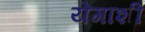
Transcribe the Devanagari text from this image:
येगाशी